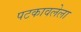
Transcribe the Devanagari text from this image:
पटकावलेला